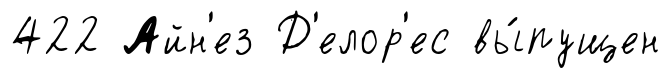
422 Айн'ез Д'елор'ес вы́пущен